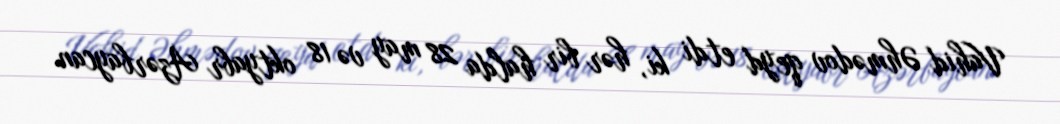
Vahid Əhmədov qeyd etdi ki, hər bir halda 28 may və 18 oktyabr Azərbaycan